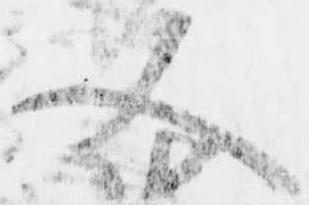
又